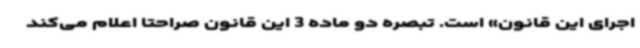
اجرای این قانون» است. تبصره دو ماده 3 این قانون صراحتا اعلام می‌کند